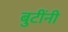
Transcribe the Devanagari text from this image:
बुटींनी